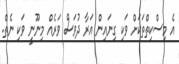
އެ މިސްކިތްތަކަށް ވަކި ގިނައިން އަރާ ދުވަސް ވަރެއް މިނޫނީ ވަކި ނެތް.